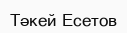
Тәкей Есетов